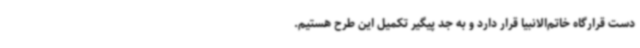
دست قرارگاه خاتم‌الانبیا قرار دارد و به جد پیگیر تکمیل این طرح هستیم.